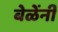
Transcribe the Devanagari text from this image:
बेळेंनी